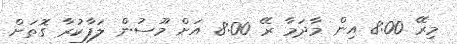
މިރޭ 8:00 އިން މާދަމާ ރޭ 8:00 އަށް މޫސުން ލަފާކުރާ ގޮތަށް